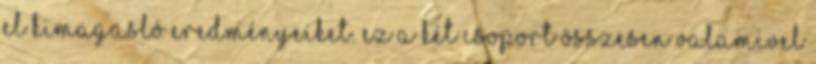
el kimagasló eredményeiket. Ez a két csoport összesen valamivel